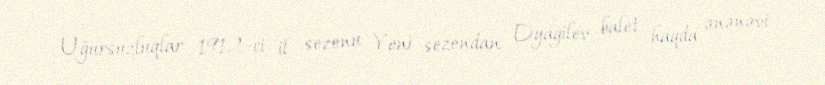
Uğursuzluqlar 1912-ci il sezonu Yeni sezondan Dyagilev balet haqda ənənəvi